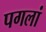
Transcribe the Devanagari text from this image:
पगलां